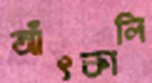
আঁৎকালি